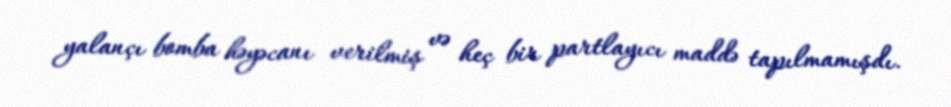
yalançı bomba həyəcanı verilmiş və heç bir partlayıcı maddə tapılmamışdı.